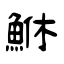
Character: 鮴